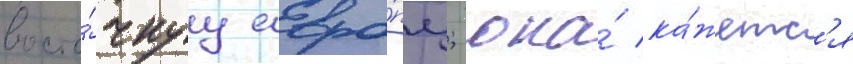
восто́чнуу евро́пу; она́ ка́жетс'я